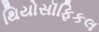
થિયોસૉફિકલ